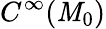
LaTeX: C^{\infty}(\mathit{M}_{0})